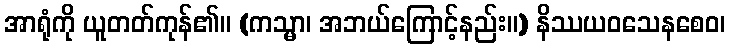
အာရုံကို ယူတတ်ကုန်၏။ (ကသ္မာ၊ အဘယ်ကြောင့်နည်း။) နိဿယဝသေနစေဝ၊